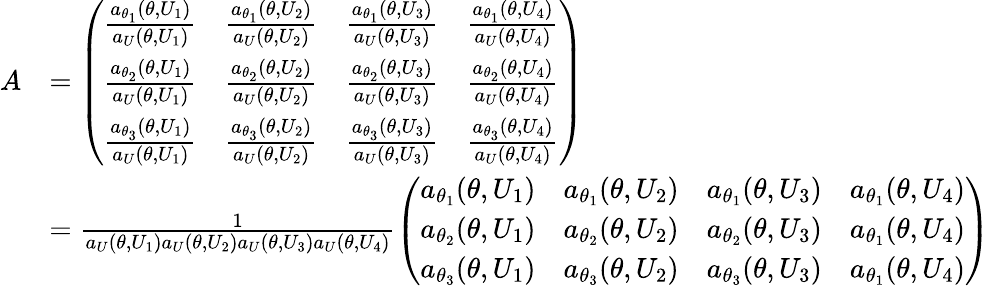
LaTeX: \begin{array}{rl}{A}&{=\left(\begin{array}{llll}{\frac{a_{\theta_{1}}(\theta,U_{1})}{a_{U}(\theta,U_{1})}}&{\frac{a_{\theta_{1}}(\theta,U_{2})}{a_{U}(\theta,U_{2})}}&{\frac{a_{\theta_{1}}(\theta,U_{3})}{a_{U}(\theta,U_{3})}}&{\frac{a_{\theta_{1}}(\theta,U_{4})}{a_{U}(\theta,U_{4})}}\\ {\frac{a_{\theta_{2}}(\theta,U_{1})}{a_{U}(\theta,U_{1})}}&{\frac{a_{\theta_{2}}(\theta,U_{2})}{a_{U}(\theta,U_{2})}}&{\frac{a_{\theta_{2}}(\theta,U_{3})}{a_{U}(\theta,U_{3})}}&{\frac{a_{\theta_{2}}(\theta,U_{4})}{a_{U}(\theta,U_{4})}}\\ {\frac{a_{\theta_{3}}(\theta,U_{1})}{a_{U}(\theta,U_{1})}}&{\frac{a_{\theta_{3}}(\theta,U_{2})}{a_{U}(\theta,U_{2})}}&{\frac{a_{\theta_{3}}(\theta,U_{3})}{a_{U}(\theta,U_{3})}}&{\frac{a_{\theta_{3}}(\theta,U_{4})}{a_{U}(\theta,U_{4})}}\end{array}\right)}\\ &{=\frac{1}{a_{U}(\theta,U_{1})a_{U}(\theta,U_{2})a_{U}(\theta,U_{3})a_{U}(\theta,U_{4})}\left(\begin{array}{llll}{a_{\theta_{1}}(\theta,U_{1})}&{a_{\theta_{1}}(\theta,U_{2})}&{a_{\theta_{1}}(\theta,U_{3})}&{a_{\theta_{1}}(\theta,U_{4})}\\ {a_{\theta_{2}}(\theta,U_{1})}&{a_{\theta_{2}}(\theta,U_{2})}&{a_{\theta_{2}}(\theta,U_{3})}&{a_{\theta_{1}}(\theta,U_{4})}\\ {a_{\theta_{3}}(\theta,U_{1})}&{a_{\theta_{3}}(\theta,U_{2})}&{a_{\theta_{3}}(\theta,U_{3})}&{a_{\theta_{1}}(\theta,U_{4})}\end{array}\right)}\end{array}